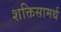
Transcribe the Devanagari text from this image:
शक्तिसामर्थ